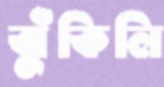
ঝুঁকিলি